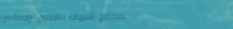
مطعم السيف للفطور والمشاو